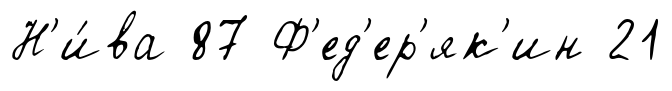
Н'и́ва 87 Ф'ед'ер'як'ин 21